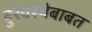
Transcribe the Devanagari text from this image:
दुरवस्थेबाबत